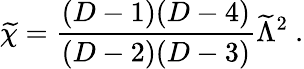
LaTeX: {\widetilde\chi}={\frac{(D-1)(D-4)}{(D-2)(D-3)}}{\widetilde\Lambda}^{2}~.